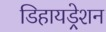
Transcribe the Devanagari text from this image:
डिहायड्रेशन